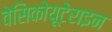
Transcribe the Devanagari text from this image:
वेसिकोयूटेराइन